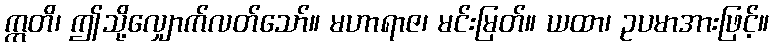
ဣတိ၊ ဤသို့လျှောက်လတ်သော်။ မဟာရာဇ၊ မင်းမြတ်။ ယထာ၊ ဥပမာအားဖြင့်။